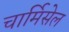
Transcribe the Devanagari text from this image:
चार्मिसेल